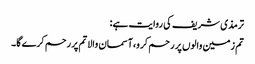
ترمذی شریف کی روایت ہے:
تم زمین والوں پر رحم کرو،آسمان والا تم پر رحم کرے گا۔